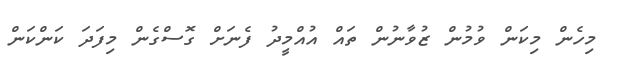
މިހެން މިކަން ވުމުން ޒުވާނުން ތައް އުއްމީދު ފެނަށް ގޮސްގެން މިފަދަ ކަންކަން